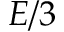
E / 3